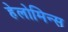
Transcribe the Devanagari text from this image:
हेलोमिन्स